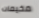
مخيمات